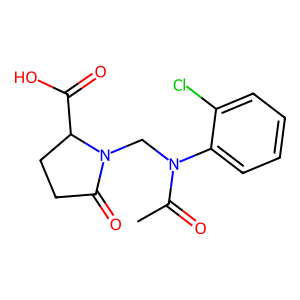
SMILES: CC(=O)N(CN1C(=O)CCC1C(=O)O)c1ccccc1Cl
Inhibits HIV replication: No